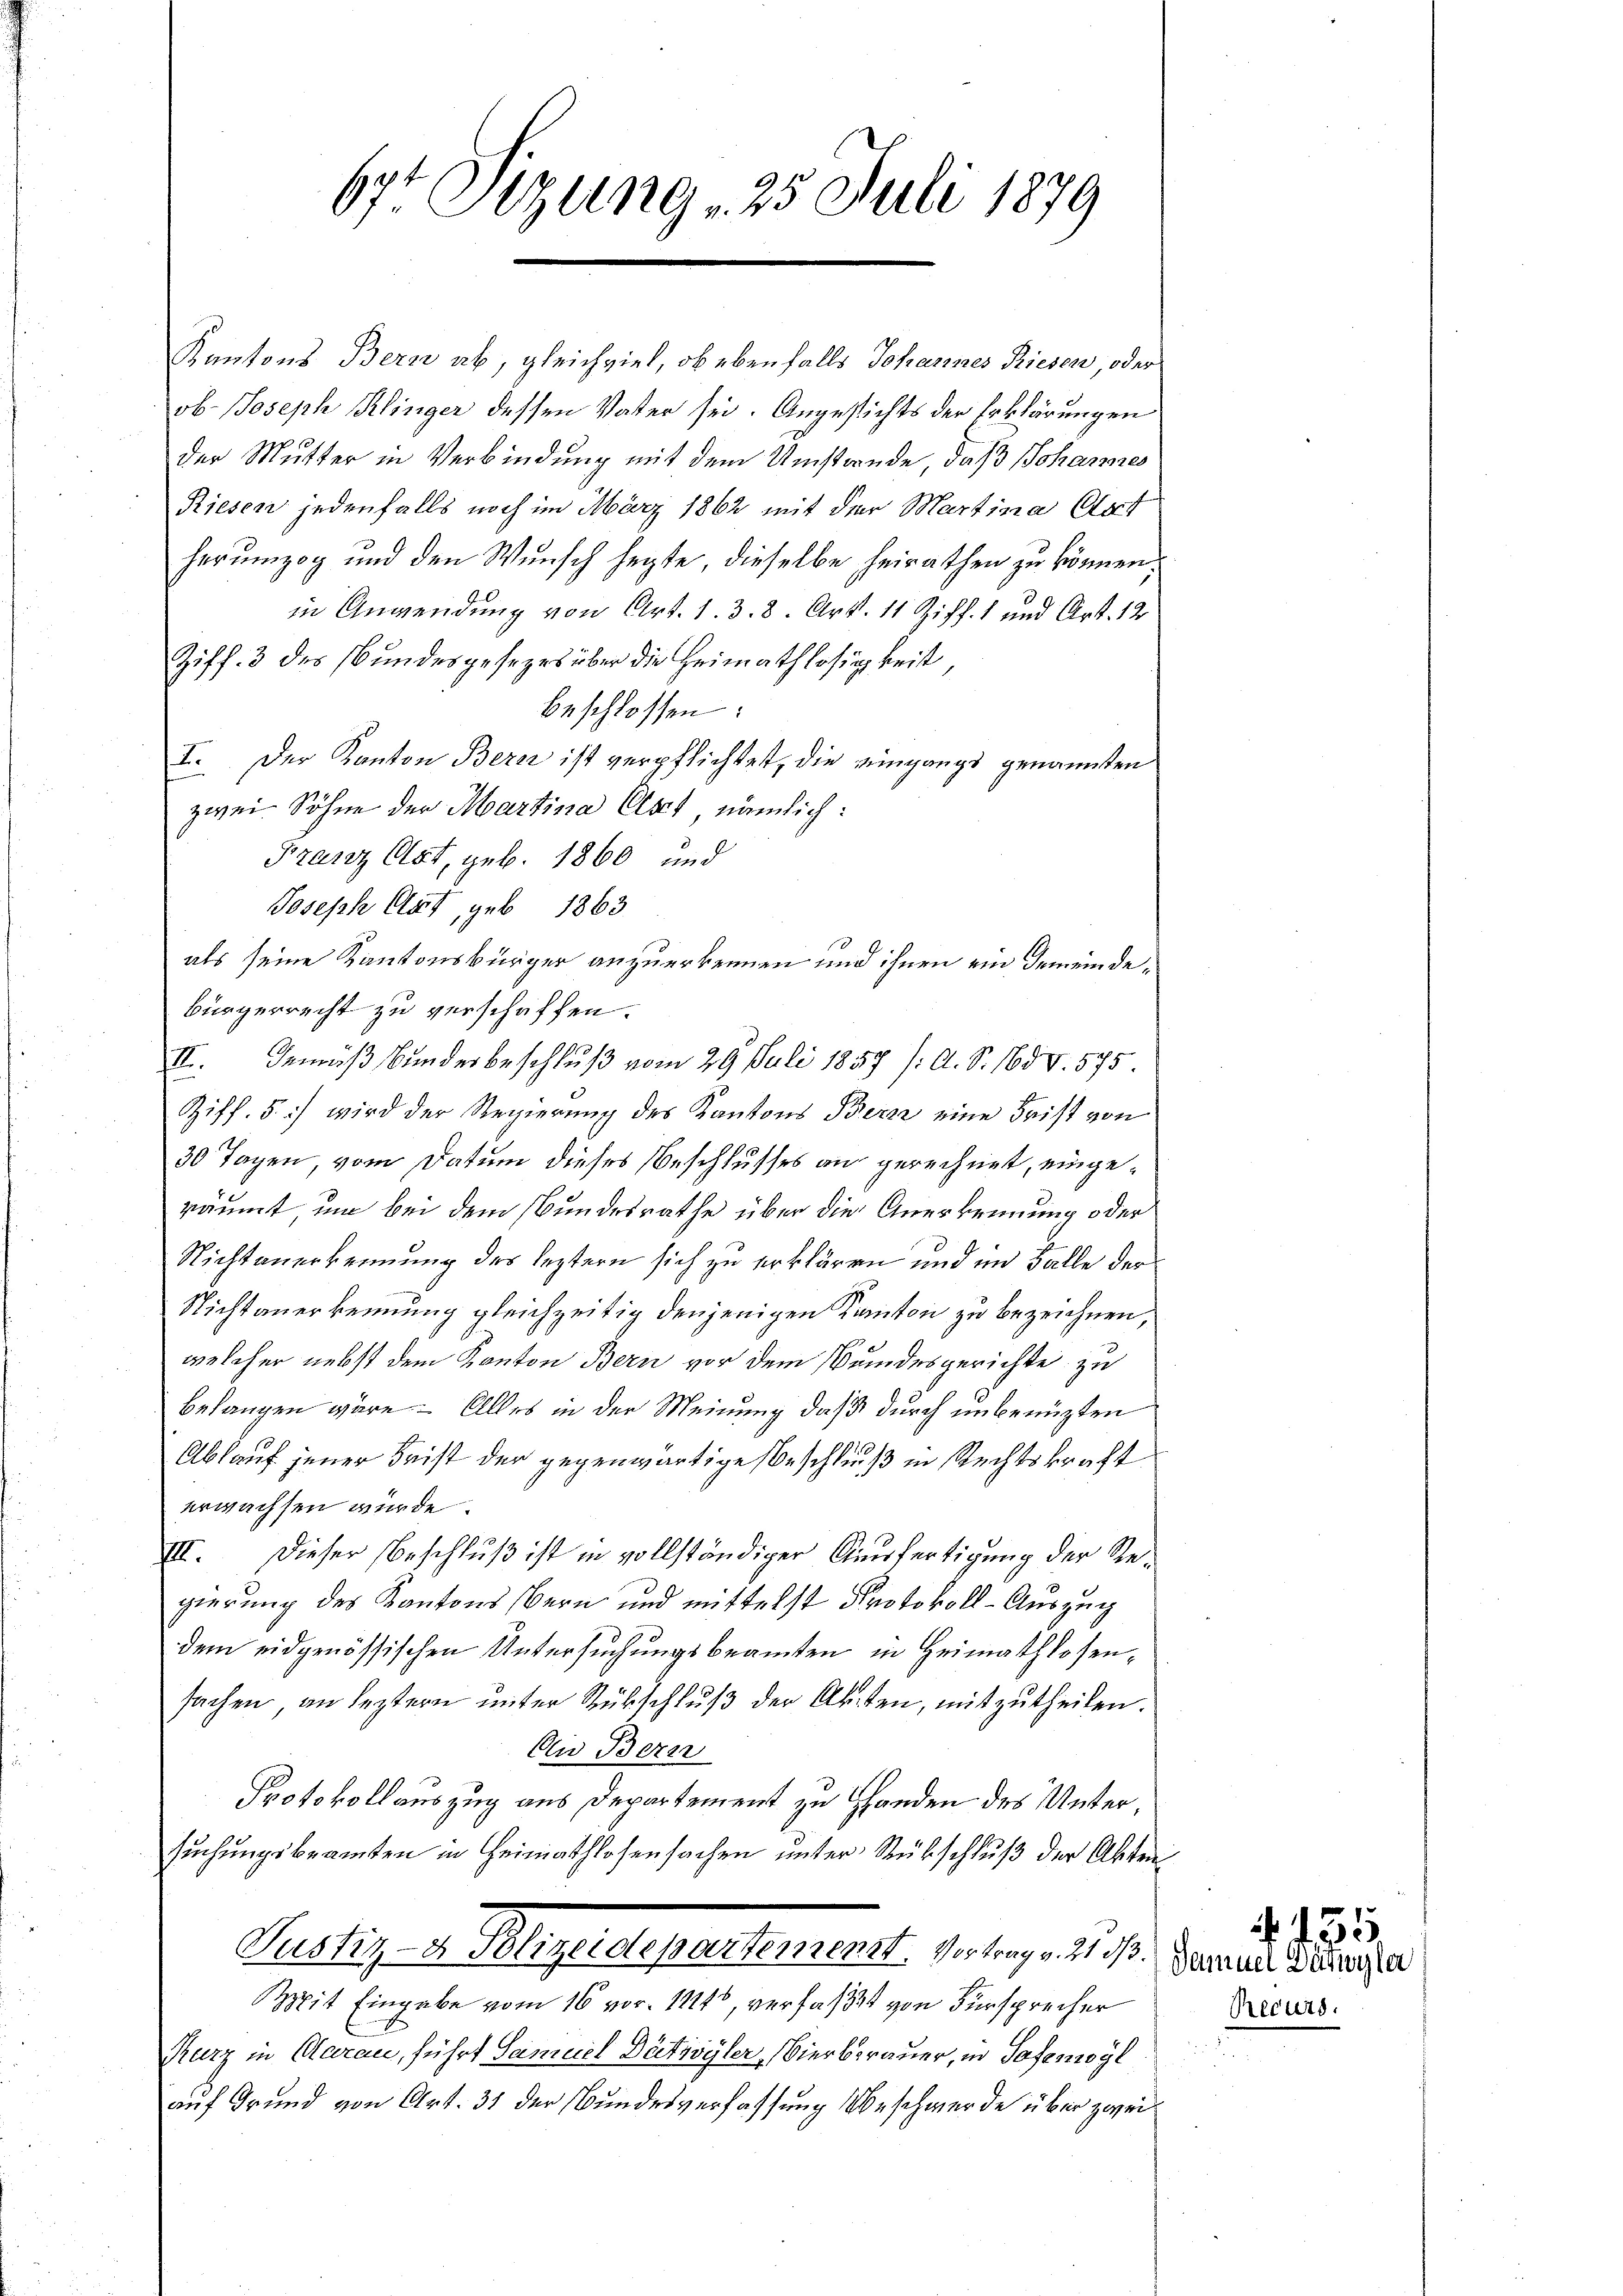
67t Sizung 25 Juli 1879

Kantons Bern ab, gleichviel, ob ebenfalls Johannes Riesen, oder
ob- Joseph Klinger dessen Vater sei. Angesichts der Erklärungen
der Mutter in Verbindung mit dem Umstände, daß Johannes
Riesen jedenfalls noch im März 1862 mit dem Martina Art
herŭmzog und den Wŭnsch hegte, dieselbe heirathen zu können;
in Anwendung von Art. 1. 3. 8. Art. 11 Ziff. 1 und Art. 12
Ziff. 3 des Bundesgesezes über die Heimathlosigkeit,
beschlossen:
I. Der Kanton Bern ist verpflichtet, die eingangs genannten
zwei Söhne der Martina Elset, nämlich:
Franz Ort, geb. 1860 und
Joseph Clat, geb. 1863.
als seine Kantonsbürger anzuerkennen und ihnen ein Gemeindebürgerrecht zu verschaffen.
II. Gemäß Bunderbeschluß vom 29. Juli 1857 /: A. S. 165 V. 575.
Ziff. 5) wird der Regierung des Kantons Berez eine Frist von
30 Tagen, vom Datum dieses Beschlusses an gerechnet, eingeräumt, um bei dem Bundesrathe über die Anerkennung oder
Nichtanerkennung des leztern sich zu erklären und im Falle der
Nichtanerkennung gleichzeitig denjenigen Kanton zu bezeichnen,
welcher nebst dem Kanton Bern vor dem Bundesgerichte zu
belangen wäre. Alles in der Meinung daß durch unbenüzten
Ablauf jener Frist der gegenwärtige Beschluß in Rechtskraft
erwachsen würde.
III. Dieser Beschluß ist in vollständiger Ausfertigung der Regierung des Kantons Bern und mittelst Protokoll-Auszug
dem eidgenössischen Untersuchungsbeamten in Heimathlosen,
sachen, an leztern unter Rückschluß der Akten, mitzutheilen.
An Bern
Protokollauszug aus Departement zu Handen des Untersuchungsbeamten in Heimathlosensachen unter Rübschluß der Akten
Rustiz- u. legelegattetente de lag. 21. 2.
Mit Eingabe vom 16 vor 1224, verfaßt von Fürsprecher
Kurz in Aarau, führt Samuel Bätzvyler, Vierberauer, in Safemögl
auf Grund von Art. 31 der Bundesverfassung beschwerde über zwei¬

Recurs.

Samuel Sarwyler